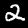
Digit: 2